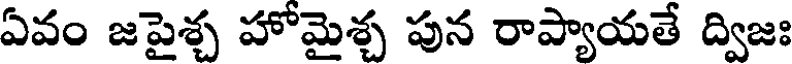
ఏవం జపైశ్చ హోమైశ్చ పున రాప్యాయతే ద్విజః